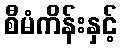
စီမံကိန်းနှင့်